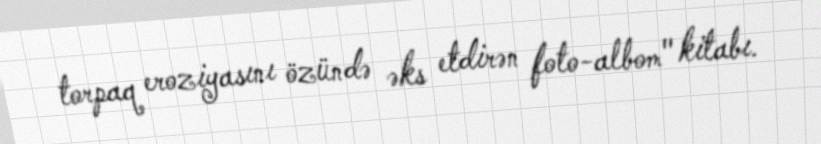
torpaq eroziyasını özündə əks etdirən foto-albom" kitabı.